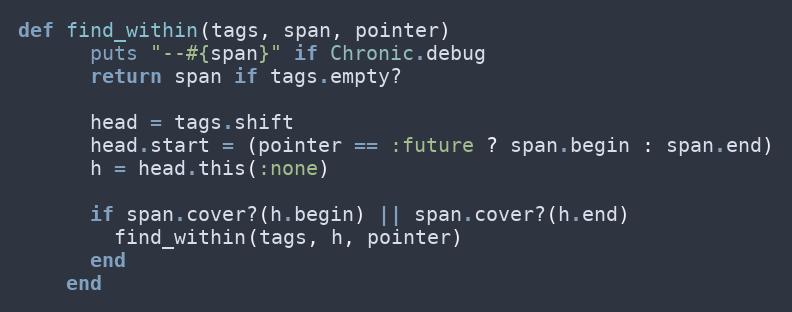
Language: Ruby
def find_within(tags, span, pointer)
      puts "--#{span}" if Chronic.debug
      return span if tags.empty?

      head = tags.shift
      head.start = (pointer == :future ? span.begin : span.end)
      h = head.this(:none)

      if span.cover?(h.begin) || span.cover?(h.end)
        find_within(tags, h, pointer)
      end
    end